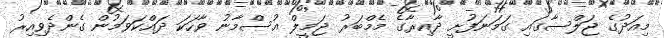
މިއަދުގެ ޖަލްސާގައި ގަމަނަފުށީ ދާއިރާގެ މެމްބަރު ޖަމީލް އުސްމާނު ވާހަކަ ދައްކަވަމުން ގެންދެވިއިރު